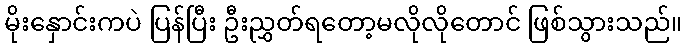
မိုးနှောင်းကပဲ ပြန်ပြီး ဦးညွှတ်ရတော့မလိုလိုတောင် ဖြစ်သွားသည်။